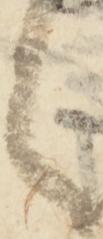
之